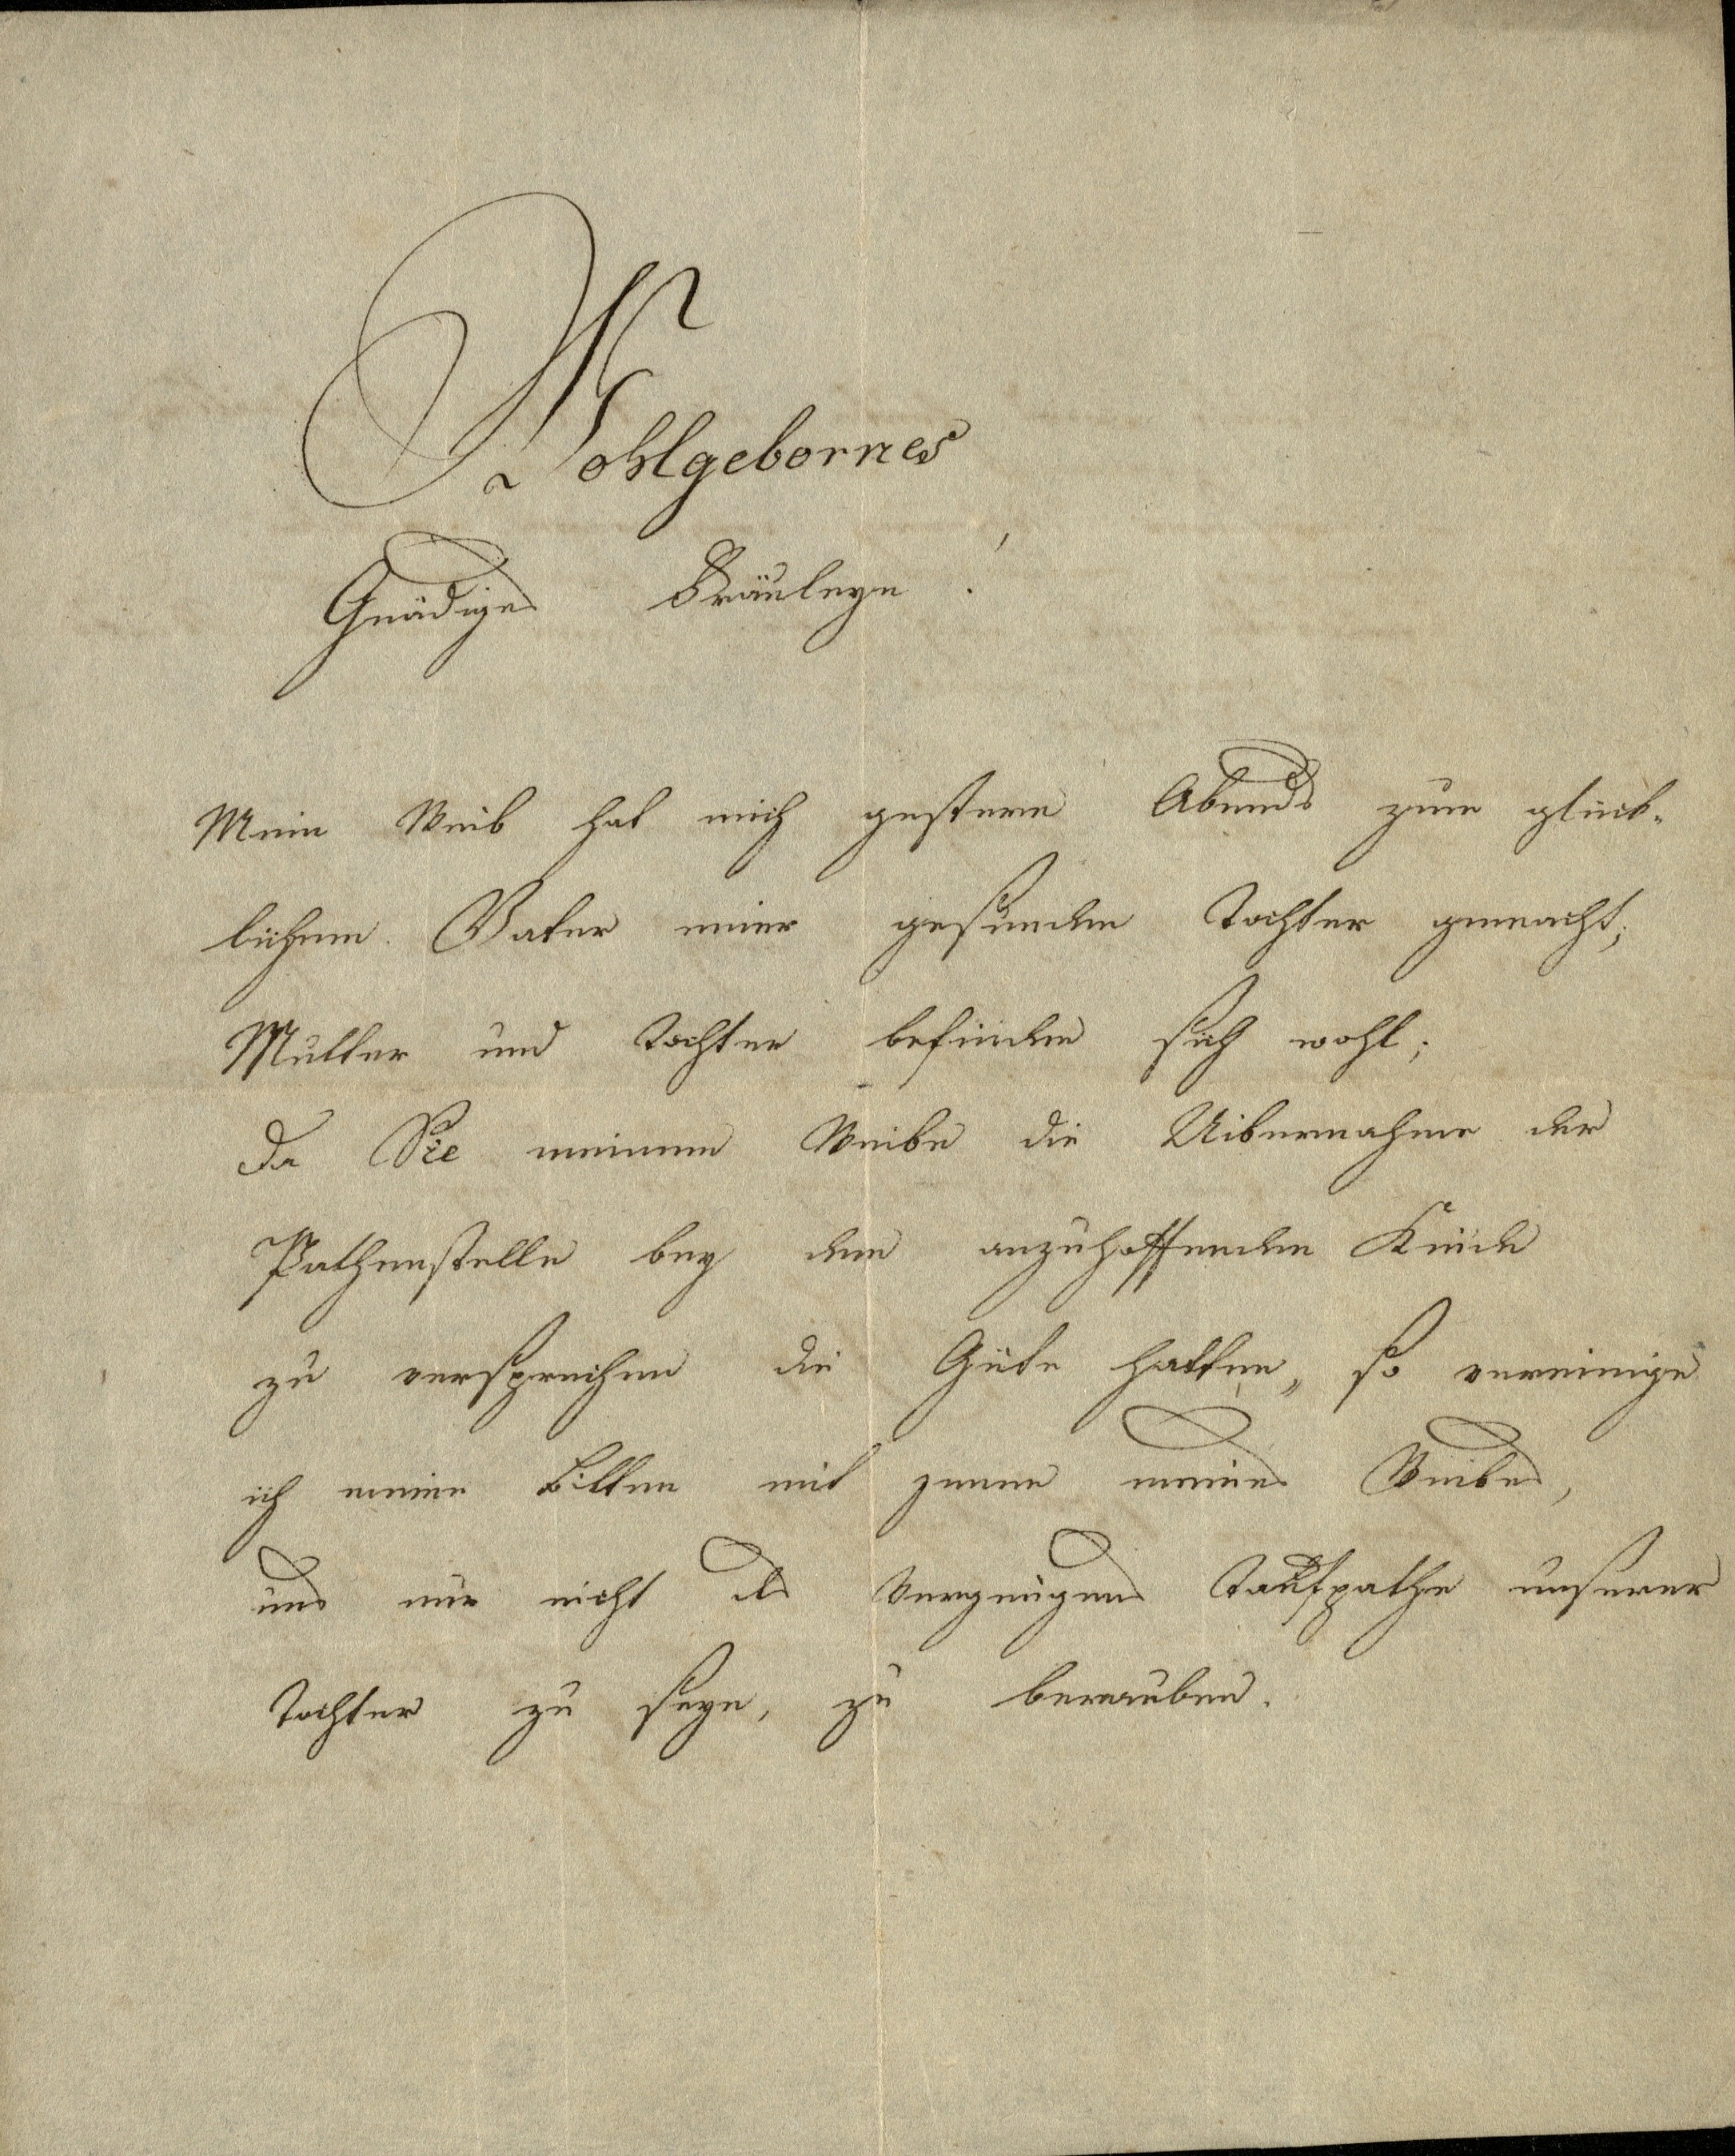
Wohlgebornes
Gnädiges Fräuleyn!
Mein Weib hat mich gestern Abends zum glück-
lichen Vater meiner gesunden Tochter gemacht,
Mutter und Tochter befinden sich wohl;
Da Sie meinem Weibe die Uibernahme der
Pathenstelle bey dem anzuhoffenden Kinde
zu versprechen die Güte hatten, so vereinige
ich meine Bitten mit jener meines Weibes,
uns nur nicht des Vergnügens Taufpathe unserer
Tochter zu seyn, zu berauben.